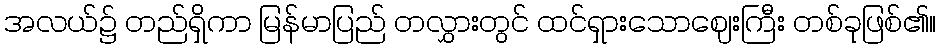
အလယ်၌ တည်ရှိကာ မြန်မာပြည် တလွှားတွင် ထင်ရှားသောဈေးကြီး တစ်ခုဖြစ်၏။